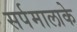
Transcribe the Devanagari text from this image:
सर्पमालाके